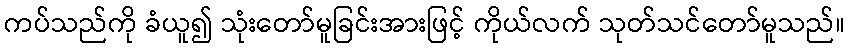
ကပ်သည်ကို ခံယူ၍ သုံးတော်မူခြင်းအားဖြင့် ကိုယ်လက် သုတ်သင်တော်မူသည်။